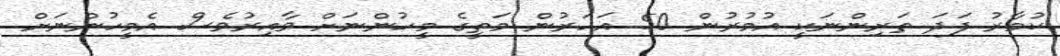
ކުމާރު ފަދަ ތަރިންނަކީ އުމުރުން 50 އަހަރުން މަތީގެ މީހުންނަށް ވާއިރުވެސް އެމީހުންނަށް